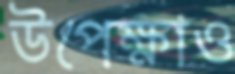
উপেক্ষাও